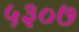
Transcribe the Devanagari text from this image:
५३०७